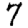
Digit: 7